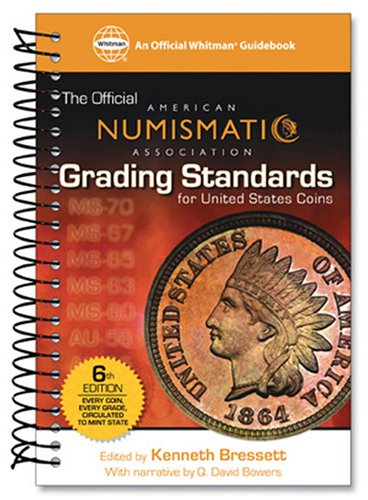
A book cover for The Official American Numismatic Association Grading Standards for United States Coins; Crafts, Hobbies & Home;